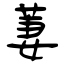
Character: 萋